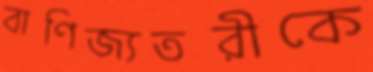
বাণিজ্যতরীকে